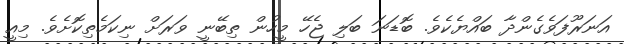
އަނަރޫފަވެގެންދާ ބައްޔެކެވެ. ބޮޑަނަ ބަލި ޖެހޭ މީހުން ތިބޭނީ ވަރަށް ނިކަމެތިކޮށެވެ. މިއީ